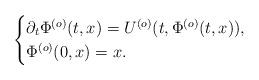
LaTeX: \begin{align*}\begin{cases}\partial_t \Phi^{(o)}(t,x) = U^{(o)} (t, \Phi^{(o)}(t,x)),\\\Phi^{(o)} (0,x)=x.\end{cases}\end{align*}